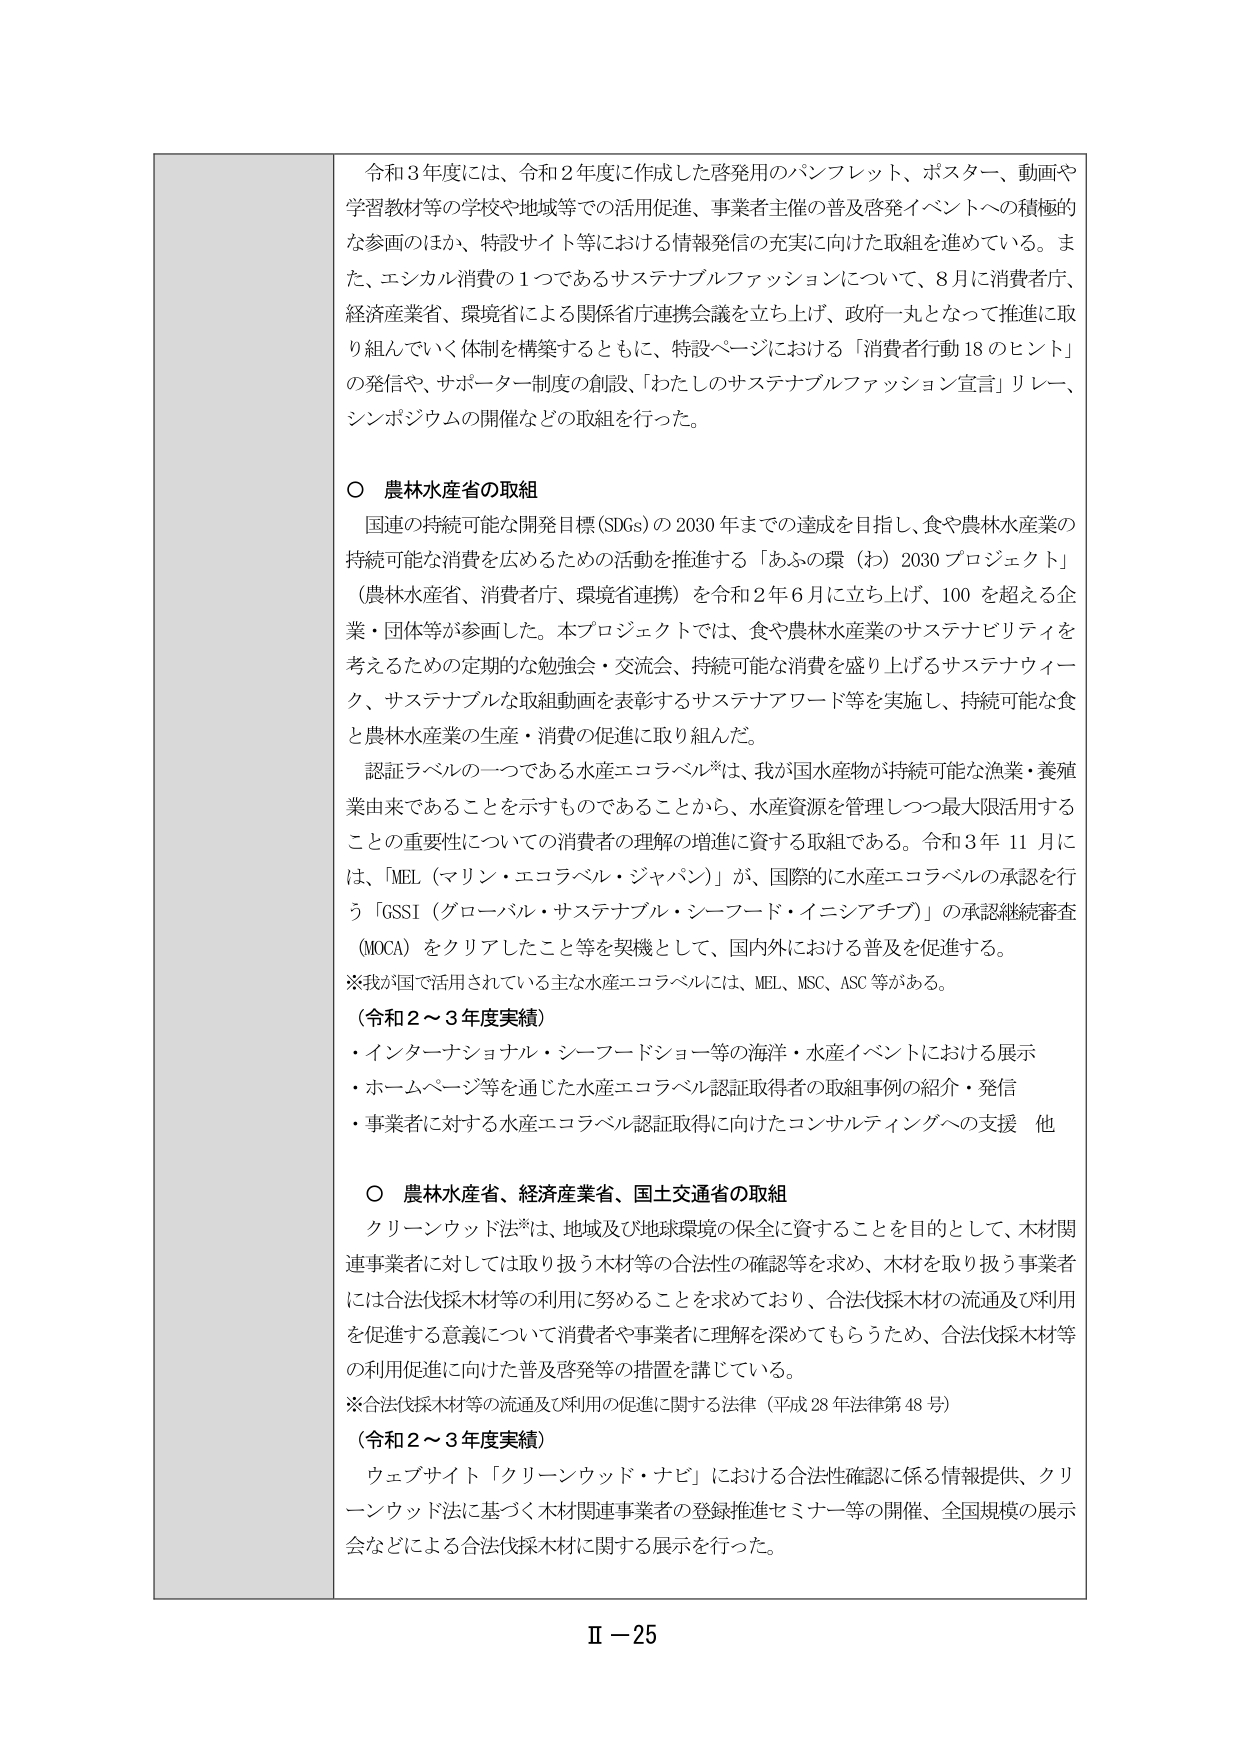
令和3年度には、令和2年度に作成した啓発用のパンフレット、ポスター、動画や学習教材等の学校や地域等での活用促進、事業者主催の普及啓発イベントへの積極的な参画のほか、特設サイト等における情報発信の充実に向けた取組を進めている。また、エシカル消費の1つであるサステナブルファッションについて、8月に消費者庁、経済産業省、環境省による関係省庁連携会議を立ち上げ、政府一丸となって推進に取り組んでいく体制を構築するとともに、特設ページにおける「消費者行動18のヒント」の発信や、サポーター制度の創設、「わたしのサステナブルファッション宣言」リレー、シンポジウムの開催などの取組を行った。

○ 農林水産省の取組
国連の持続可能な開発目標(SDGs)の2030年までの達成を目指し、食や農林水産業の持続可能な消費を広めるための活動を推進する「あふの環（お）2030プロジェクト」（農林水産省、消費者庁、環境省連携）を令和2年6月に立ち上げ、100を超える企業・団体等が参画した。本プロジェクトでは、食や農林水産業のサステナビリティを考えるための定期的な勉強会・交流会、持続可能な消費を盛り上げるサステナウィーク、サステナブルな取組動画を表彰するサステナアワード等を実施し、持続可能な食と農林水産業の生産・消費の促進に取り組んだ。
認証ラベルの一つである水産エコラベル※は、我が国水産物が持続可能な漁業・養殖業由来であることを示すものであることから、水産資源を管理しつつ最大限活用することの重要性についての消費者の理解の増進に資する取組である。令和3年11月には、「MEL（マリン・エコラベル・ジャパン）」が、国際的に水産エコラベルの承認を行う「GSSI（グローバル・サステナブル・シーフード・イニシアチブ）」の承認継続審査（MOCA）をクリアしたこと等を契機として、国内外における普及を促進する。
※我が国で活用されている主な水産エコラベルには、MEL、MSC、ASC等がある。
（令和2～3年度実績）
・インターナショナル・シーフードショー等の海洋・水産イベントにおける展示
・ホームページ等を通じた水産エコラベル認証取得者の取組事例の紹介・発信
・事業者に対する水産エコラベル認証取得に向けたコンサルティングへの支援 他

○ 農林水産省、経済産業省、国土交通省の取組
クリーンウッド法※は、地域及び地球環境の保全に資することを目的として、木材関連事業者に対しては取り扱う木材等の合法性の確認等を求め、木材を取り扱う事業者には合法伐採木材等の利用に努めることを求めており、合法伐採木材の流通及び利用を促進する意義について消費者や事業者に理解を深めてもらうため、合法伐採木材等の利用促進に向けた普及啓発等の措置を講じている。
※合法伐採木材等の流通及び利用の促進に関する法律（平成28年法律第48号）
（令和2～3年度実績）
ウェブサイト「クリーンウッド・ナビ」における合法性確認に係る情報提供、クリーンウッド法に基づく木材関連事業者の登録推進セミナー等の開催、全国規模の展示会などによる合法伐採木材に関する展示を行った。

Ⅱ－25